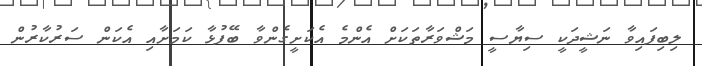
ލިބިފައިވާ ނަޝީދަކީ ސިޔާސީ މަޝްވަރާތަކަށް އެންމެ އެކަށީގެންވާ ބޭފުޅާ ކަމަށާއި އެކަން ސަރުކާރުން